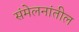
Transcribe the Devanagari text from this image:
संमेलनांतील